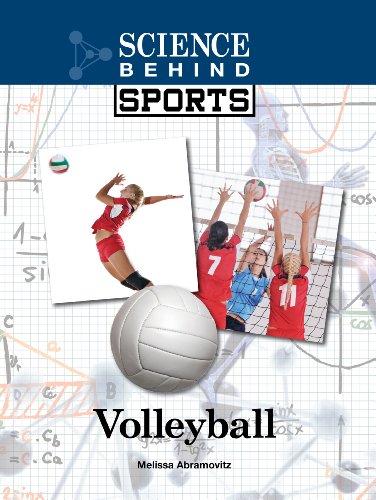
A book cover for Volleyball (Science Behind Sports); Melissa Abramovitz; Sports & Outdoors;